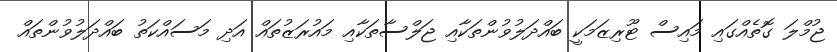
ޖުމްލަ ގޮތެއްގައި މައިސް ޓޫރިޒަމަކީ ބައްދަލުވުންތަކާއި ޖަލްސާތަކާއި މައުރަޒުތައް އަދި މަސައްކަތު ބައްދަލުވުންތައް